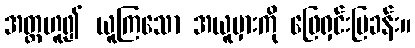
အတ္တဟူ၍ ယူကြသော အယူမှားကို ဖြေရှင်းပြခန်း။